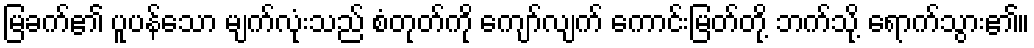
မြခက်၏ ပူပန်သော မျက်လုံးသည် စံတုတ်ကို ကျော်လျက် ကောင်းမြတ်တို့ ဘက်သို့ ရောက်သွား၏။